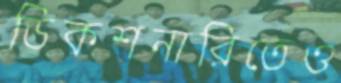
ডিকশনারিতেও